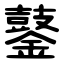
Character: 䥢